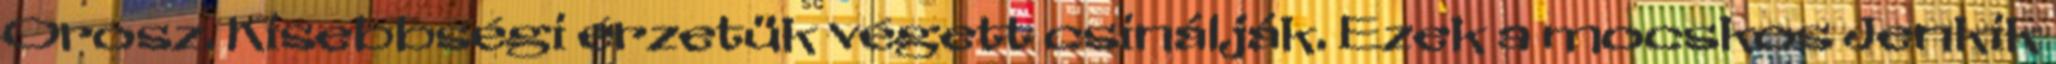
Orosz. Kisebbségi érzetük végett csinálják. Ezek a mocskos Jenkik